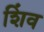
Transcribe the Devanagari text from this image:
शिंव